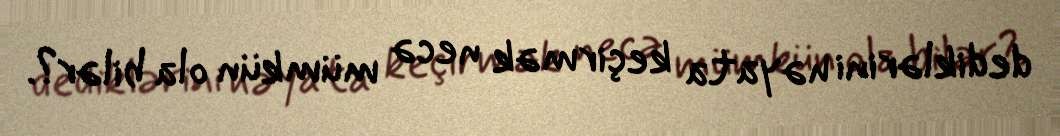
dediklərini həyata keçirmək necə mümkün ola bilər?.